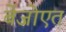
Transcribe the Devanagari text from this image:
बेंजोएत